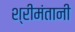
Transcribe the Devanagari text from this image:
श्रीमंतानी